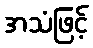
အသံဖြင့်